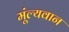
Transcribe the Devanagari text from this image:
मूंल्‍यवान